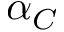
\alpha _ { C }